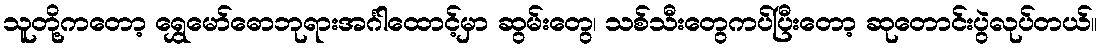
သူတို့ကတော့ ရွှေမော်ဓောဘုရားအင်္ဂါထောင့်မှာ ဆွမ်းတွေ၊ သစ်သီးတွေကပ်ပြီးတော့ ဆုတောင်းပွဲလုပ်တယ်။